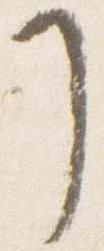
了